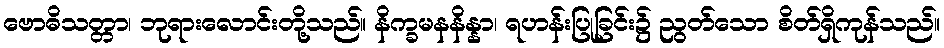
ဗောဓိသတ္တာ၊ ဘုရားလောင်းတို့သည်။ နိက္ခမနနိန္နာ၊ ရဟန်းပြုခြင်း၌ ညွတ်သော စိတ်ရှိကုန်သည်။